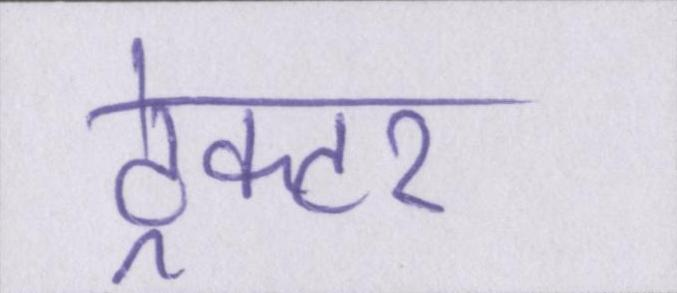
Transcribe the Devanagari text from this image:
ट्रेक्टर